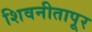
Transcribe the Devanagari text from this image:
शिवनीतापूर